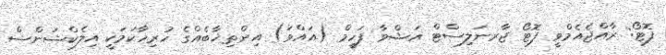
ފޮޓޯ: ރާއްޖެއެމްވީ ފޮޓޯ ޖާރނަލިސްޓް އަޝްވާ ފަހީމް (އައްވަ) އިންތިޚާބެއްގެ ހުރިހާކަމަކީ އިލެކްޝަންސް